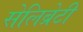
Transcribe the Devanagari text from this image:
सेलिब्रेटी